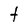
Character: t